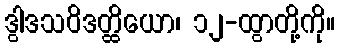
ဒွါဒသဝိဒတ္ထိယော၊ ၁၂-ထွာတို့ကို။